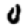
Digit: 0